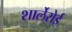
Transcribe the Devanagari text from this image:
शार्लेरोई